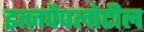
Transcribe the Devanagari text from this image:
इत्ज़पैपलोटील